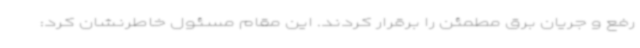
رفع و جریان برق مطمئن را برقرار کردند. این مقام مسئول خاطرنشان کرد: